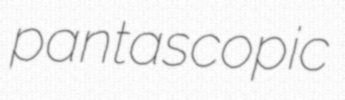
pantascopic